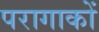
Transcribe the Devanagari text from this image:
परागाकों